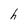
Character: h